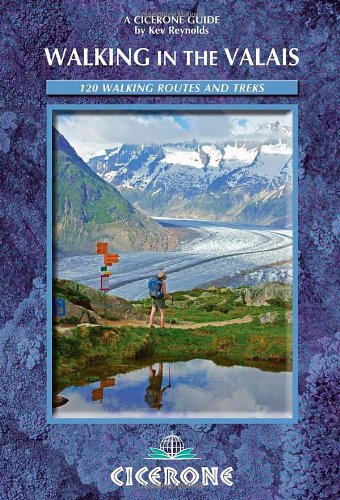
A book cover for Walking in the Valais: 120 Walks and Treks (Cicerone Guides); Kev Reynolds; Travel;